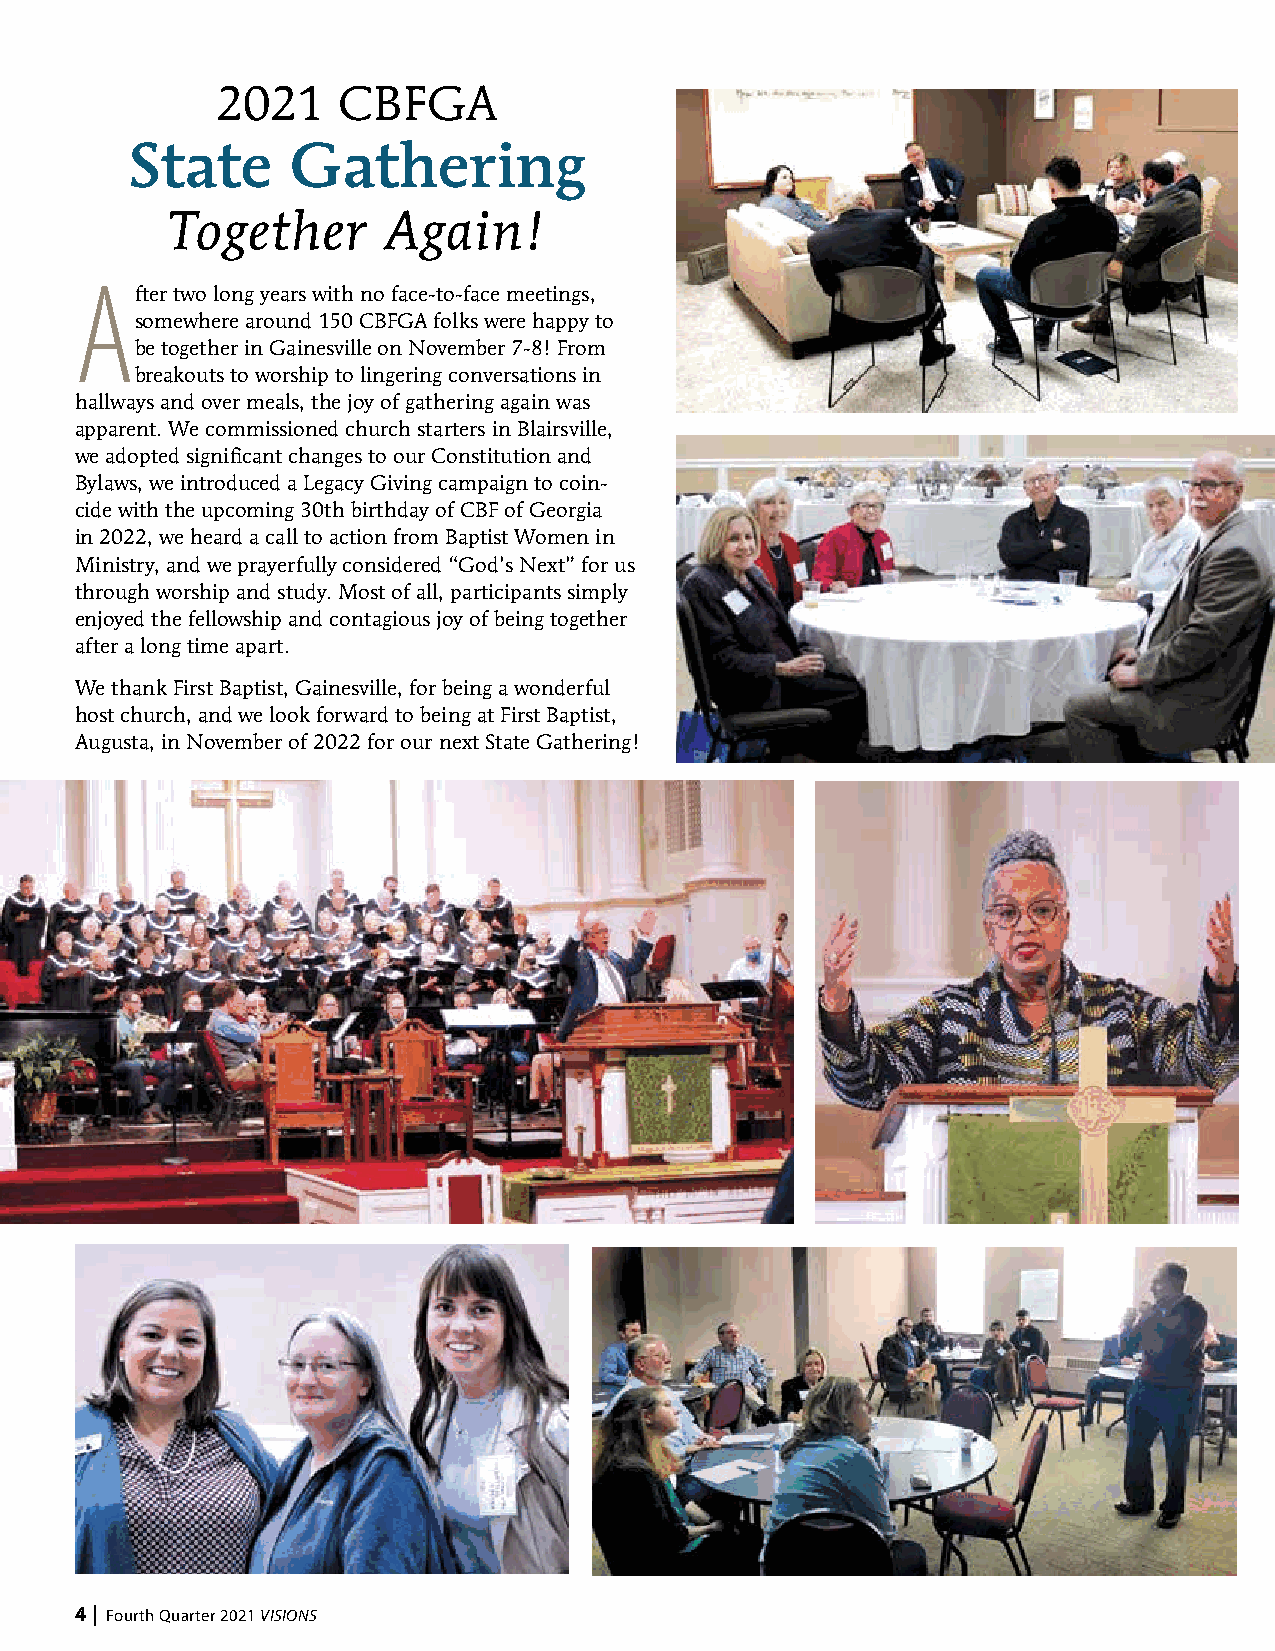
2021    CBFGA
 State      Gathering
 Together       Again!
 A
 fter two long years with no face-to-face meetings,
 somewhere around 150 CBFGA folks were happy to
 be together in Gainesville on November 7-8! From
 breakouts to worship to lingering conversations in
 hallways and over meals, the joy of gathering again was
 apparent. We commissioned church starters in Blairsville,
 we adopted significant changes to our Constitution and
 Bylaws, we introduced a Legacy Giving campaign to coin-
 cide with the upcoming 30th birthday of CBF of Georgia
 in 2022, we heard a call to action from Baptist Women in
 Ministry, and we prayerfully considered “God’s Next” for us
 through worship and study. Most of all, participants simply
 enjoyed the fellowship and contagious joy of being together
 after a long time apart.
 We thank First Baptist, Gainesville, for being a wonderful
 host church, and we look forward to being at First Baptist,
 Augusta, in November of 2022 for our next State Gathering!
 4 | Fourth Quarter 2021 VISIONS